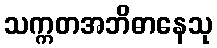
သက္ကတအဘိဓာနေသု